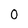
Character: 0